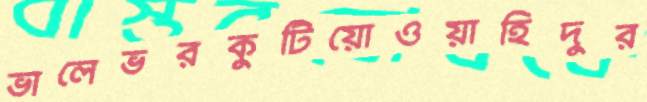
ভালেভরকুটিয়োওয়াহিদুর